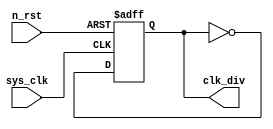
module clk_div(
    input sys_clk,
    input n_rst,
    output clk_div
    );
 
reg clk_div;
always@(posedge sys_clk or negedge n_rst)
begin 
    if(!n_rst)  
          clk_div <= 1'b0;
    else
          clk_div <= ~clk_div;

end
 
    
endmodule